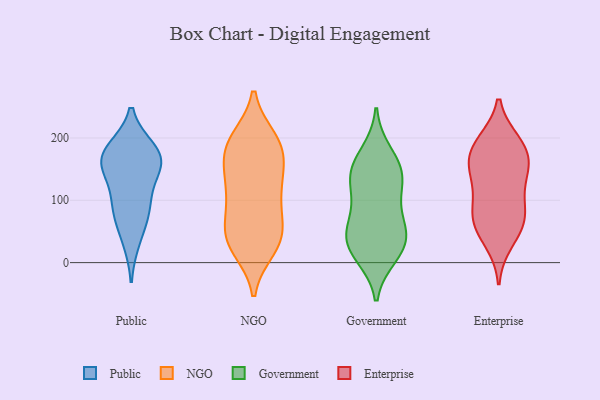
{"axis": {"x": "Waste Production (Tons)", "y": "Value"}, "legend": ["Enterprise", "Government", "NGO", "Public"], "data": [{"x": "", "y": 84, "type": "Public"}, {"x": "", "y": 147, "type": "Public"}, {"x": "", "y": 181, "type": "Public"}, {"x": "", "y": 80, "type": "Public"}, {"x": "", "y": 165, "type": "Public"}, {"x": "", "y": 180, "type": "Public"}, {"x": "", "y": 158, "type": "Public"}, {"x": "", "y": 36, "type": "Public"}, {"x": "", "y": 102, "type": "Public"}, {"x": "", "y": 164, "type": "Public"}, {"x": "", "y": 179, "type": "NGO"}, {"x": "", "y": 120, "type": "NGO"}, {"x": "", "y": 195, "type": "NGO"}, {"x": "", "y": 110, "type": "NGO"}, {"x": "", "y": 198, "type": "NGO"}, {"x": "", "y": 160, "type": "NGO"}, {"x": "", "y": 48, "type": "NGO"}, {"x": "", "y": 135, "type": "NGO"}, {"x": "", "y": 93, "type": "NGO"}, {"x": "", "y": 145, "type": "NGO"}, {"x": "", "y": 43, "type": "NGO"}, {"x": "", "y": 188, "type": "NGO"}, {"x": "", "y": 81, "type": "NGO"}, {"x": "", "y": 191, "type": "NGO"}, {"x": "", "y": 48, "type": "NGO"}, {"x": "", "y": 27, "type": "NGO"}, {"x": "", "y": 23, "type": "NGO"}, {"x": "", "y": 34, "type": "NGO"}, {"x": "", "y": 175, "type": "Government"}, {"x": "", "y": 70, "type": "Government"}, {"x": "", "y": 46, "type": "Government"}, {"x": "", "y": 147, "type": "Government"}, {"x": "", "y": 132, "type": "Government"}, {"x": "", "y": 28, "type": "Government"}, {"x": "", "y": 108, "type": "Government"}, {"x": "", "y": 154, "type": "Government"}, {"x": "", "y": 135, "type": "Government"}, {"x": "", "y": 12, "type": "Government"}, {"x": "", "y": 62, "type": "Government"}, {"x": "", "y": 21, "type": "Government"}, {"x": "", "y": 35, "type": "Government"}, {"x": "", "y": 64, "type": "Enterprise"}, {"x": "", "y": 148, "type": "Enterprise"}, {"x": "", "y": 55, "type": "Enterprise"}, {"x": "", "y": 73, "type": "Enterprise"}, {"x": "", "y": 148, "type": "Enterprise"}, {"x": "", "y": 79, "type": "Enterprise"}, {"x": "", "y": 34, "type": "Enterprise"}, {"x": "", "y": 188, "type": "Enterprise"}, {"x": "", "y": 171, "type": "Enterprise"}, {"x": "", "y": 153, "type": "Enterprise"}, {"x": "", "y": 193, "type": "Enterprise"}, {"x": "", "y": 189, "type": "Enterprise"}, {"x": "", "y": 94, "type": "Enterprise"}, {"x": "", "y": 122, "type": "Enterprise"}]}